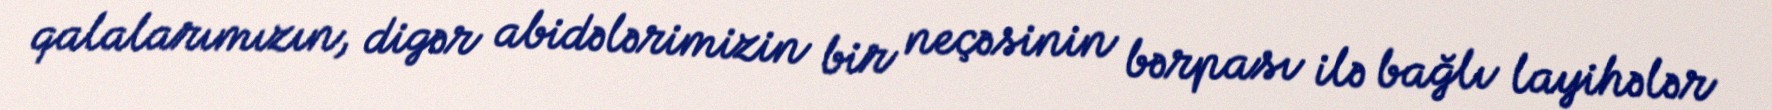
qalalarımızın, digər abidələrimizin bir neçəsinin bərpası ilə bağlı layihələr